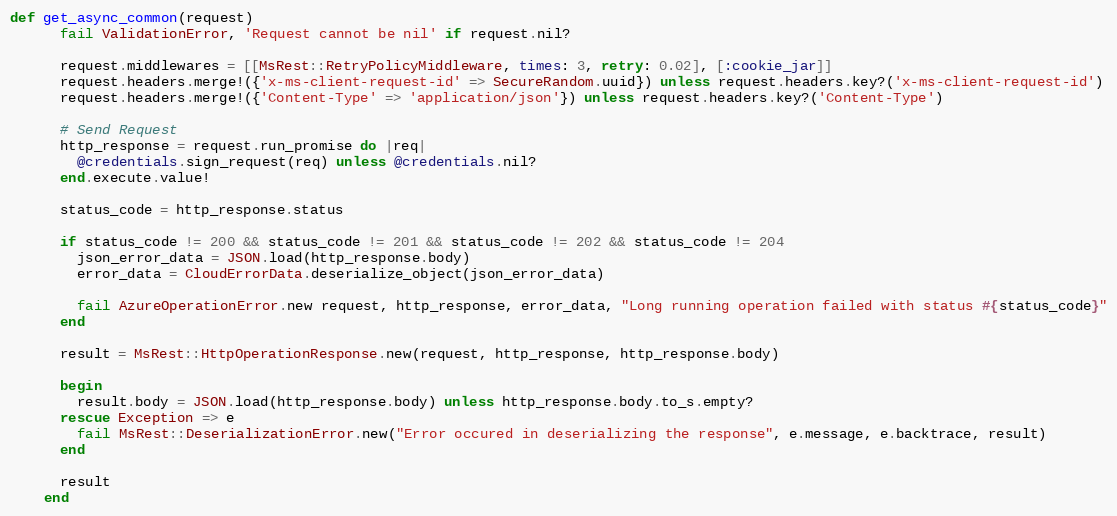
Language: Ruby
def get_async_common(request)
      fail ValidationError, 'Request cannot be nil' if request.nil?

      request.middlewares = [[MsRest::RetryPolicyMiddleware, times: 3, retry: 0.02], [:cookie_jar]]
      request.headers.merge!({'x-ms-client-request-id' => SecureRandom.uuid}) unless request.headers.key?('x-ms-client-request-id')
      request.headers.merge!({'Content-Type' => 'application/json'}) unless request.headers.key?('Content-Type')

      # Send Request
      http_response = request.run_promise do |req|
        @credentials.sign_request(req) unless @credentials.nil?
      end.execute.value!

      status_code = http_response.status

      if status_code != 200 && status_code != 201 && status_code != 202 && status_code != 204
        json_error_data = JSON.load(http_response.body)
        error_data = CloudErrorData.deserialize_object(json_error_data)

        fail AzureOperationError.new request, http_response, error_data, "Long running operation failed with status #{status_code}"
      end

      result = MsRest::HttpOperationResponse.new(request, http_response, http_response.body)

      begin
        result.body = JSON.load(http_response.body) unless http_response.body.to_s.empty?
      rescue Exception => e
        fail MsRest::DeserializationError.new("Error occured in deserializing the response", e.message, e.backtrace, result)
      end

      result
    end